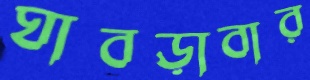
ঘাবড়াবার